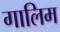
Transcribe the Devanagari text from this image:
गालिम